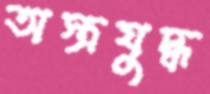
অস্ত্রযুদ্ধ